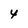
Character: 4